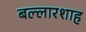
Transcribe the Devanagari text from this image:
बल्लारशाह